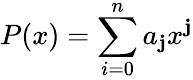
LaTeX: P(x)=\sum\limits_{i=0}^{n}a_{\mathbf{j}}x^{\mathbf{j}}